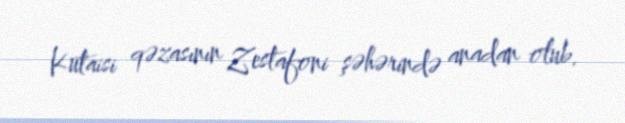
Kutaisi qəzasının Zestafoni şəhərində anadan olub.